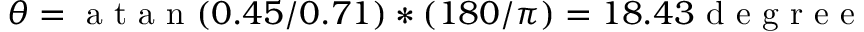
\theta = \mathrm { ~ a ~ t ~ a ~ n ~ } ( 0 . 4 5 / 0 . 7 1 ) \ast ( 1 8 0 / \pi ) = 1 8 . 4 3 \mathrm { ~ d ~ e ~ g ~ r ~ e ~ e ~ }